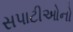
સપાટીઓનો